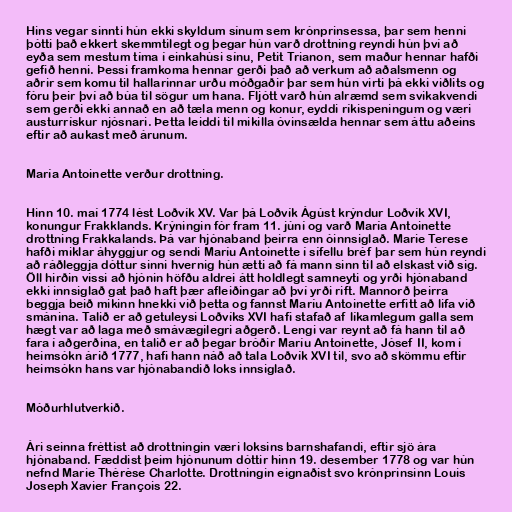
Hins vegar sinnti hún ekki skyldum sínum sem krónprinsessa, þar sem henni
þótti það ekkert skemmtilegt og þegar hún varð drottning reyndi hún því að
eyða sem mestum tíma í einkahúsi sínu, Petit Trianon, sem maður hennar hafði
gefið henni. Þessi framkoma hennar gerði það að verkum að aðalsmenn og
aðrir sem komu til hallarinnar urðu móðgaðir þar sem hún virti þá ekki viðlits og
fóru þeir því að búa til sögur um hana. Fljótt varð hún alræmd sem svikakvendi
sem gerði ekki annað en að tæla menn og konur, eyddi ríkispeningum og væri
austurrískur njósnari. Þetta leiddi til mikilla óvinsælda hennar sem áttu aðeins
eftir að aukast með árunum.

María Antoinette verður drottning.

Hinn 10. maí 1774 lést Loðvík XV. Var þá Loðvík Ágúst krýndur Loðvík XVI,
konungur Frakklands. Krýningin fór fram 11. júní og varð María Antoinette
drottning Frakkalands. Þá var hjónaband þeirra enn óinnsiglað. Marie Terese
hafði miklar áhyggjur og sendi Maríu Antoinette í sífellu bréf þar sem hún reyndi
að ráðleggja dóttur sinni hvernig hún ætti að fá mann sinn til að elskast við sig.
Öll hirðin vissi að hjónin höfðu aldrei átt holdlegt samneyti og yrði hjónaband
ekki innsiglað gat það haft þær afleiðingar að því yrði rift. Mannorð þeirra
beggja beið mikinn hnekki við þetta og fannst Maríu Antoinette erfitt að lifa við
smánina. Talið er að getuleysi Loðvíks XVI hafi stafað af líkamlegum galla sem
hægt var að laga með smávægilegri aðgerð. Lengi var reynt að fá hann til að
fara í aðgerðina, en talið er að þegar bróðir Maríu Antoinette, Jósef II, kom í
heimsókn árið 1777, hafi hann náð að tala Loðvík XVI til, svo að skömmu eftir
heimsókn hans var hjónabandið loks innsiglað.

Móðurhlutverkið.

Ári seinna fréttist að drottningin væri loksins barnshafandi, eftir sjö ára
hjónaband. Fæddist þeim hjónunum dóttir hinn 19. desember 1778 og var hún
nefnd Marie Thérèse Charlotte. Drottningin eignaðist svo krónprinsinn Louis
Joseph Xavier François 22.